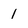
Character: 1